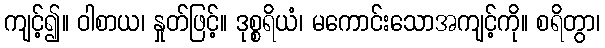
ကျင့်၍။ ဝါစာယ၊ နှုတ်ဖြင့်။ ဒုစ္စရိယံ၊ မကောင်းသောအကျင့်ကို။ စရိတွာ၊